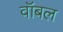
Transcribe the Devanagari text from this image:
वॉबल